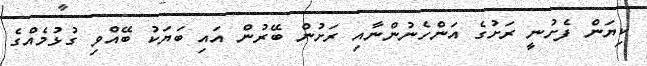
ކިޔަން ފެށުނީ ރަށުގެ އަންހެނުންނާއި ރަށުން ބޭރުން އައި ބަޔަކު ބޭއްވި ގުޅުމެއްގެ